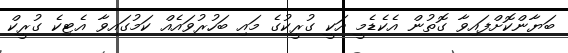
ބަޔާންކޮށްފައިވާ ގޮތުން އެކެޑެމީ އަކީ ގުރީކުގެ މައި ބަހުރުވައެއް ކަމުގައިވާ އެޓިކެ ގުރީކް